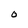
Character: O